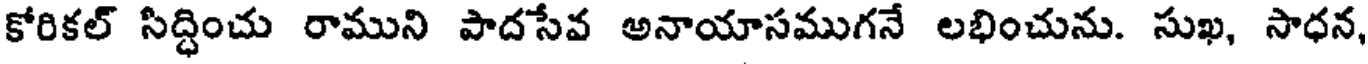
కోరికల్ సిద్ధించు రాముని పాదసేవ అనాయాసముగనే లభించును. సుఖ, సాధన,